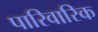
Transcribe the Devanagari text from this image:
पारिवारिक